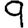
Digit: 9